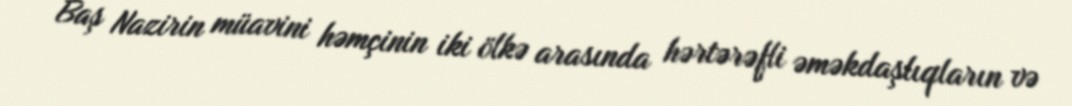
Baş Nazirin müavini həmçinin iki ölkə arasında hərtərəfli əməkdaşlıqların və